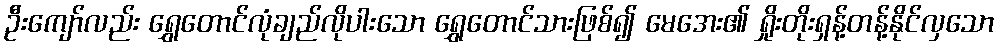
ဦးကျော်လည်း ရွှေတောင်လုံချည်လိုပါးသော ရွှေတောင်သားဖြစ်၍ မေအေး၏ ရှိုးတိုးရှန့်တန့်နိုင်လှသော